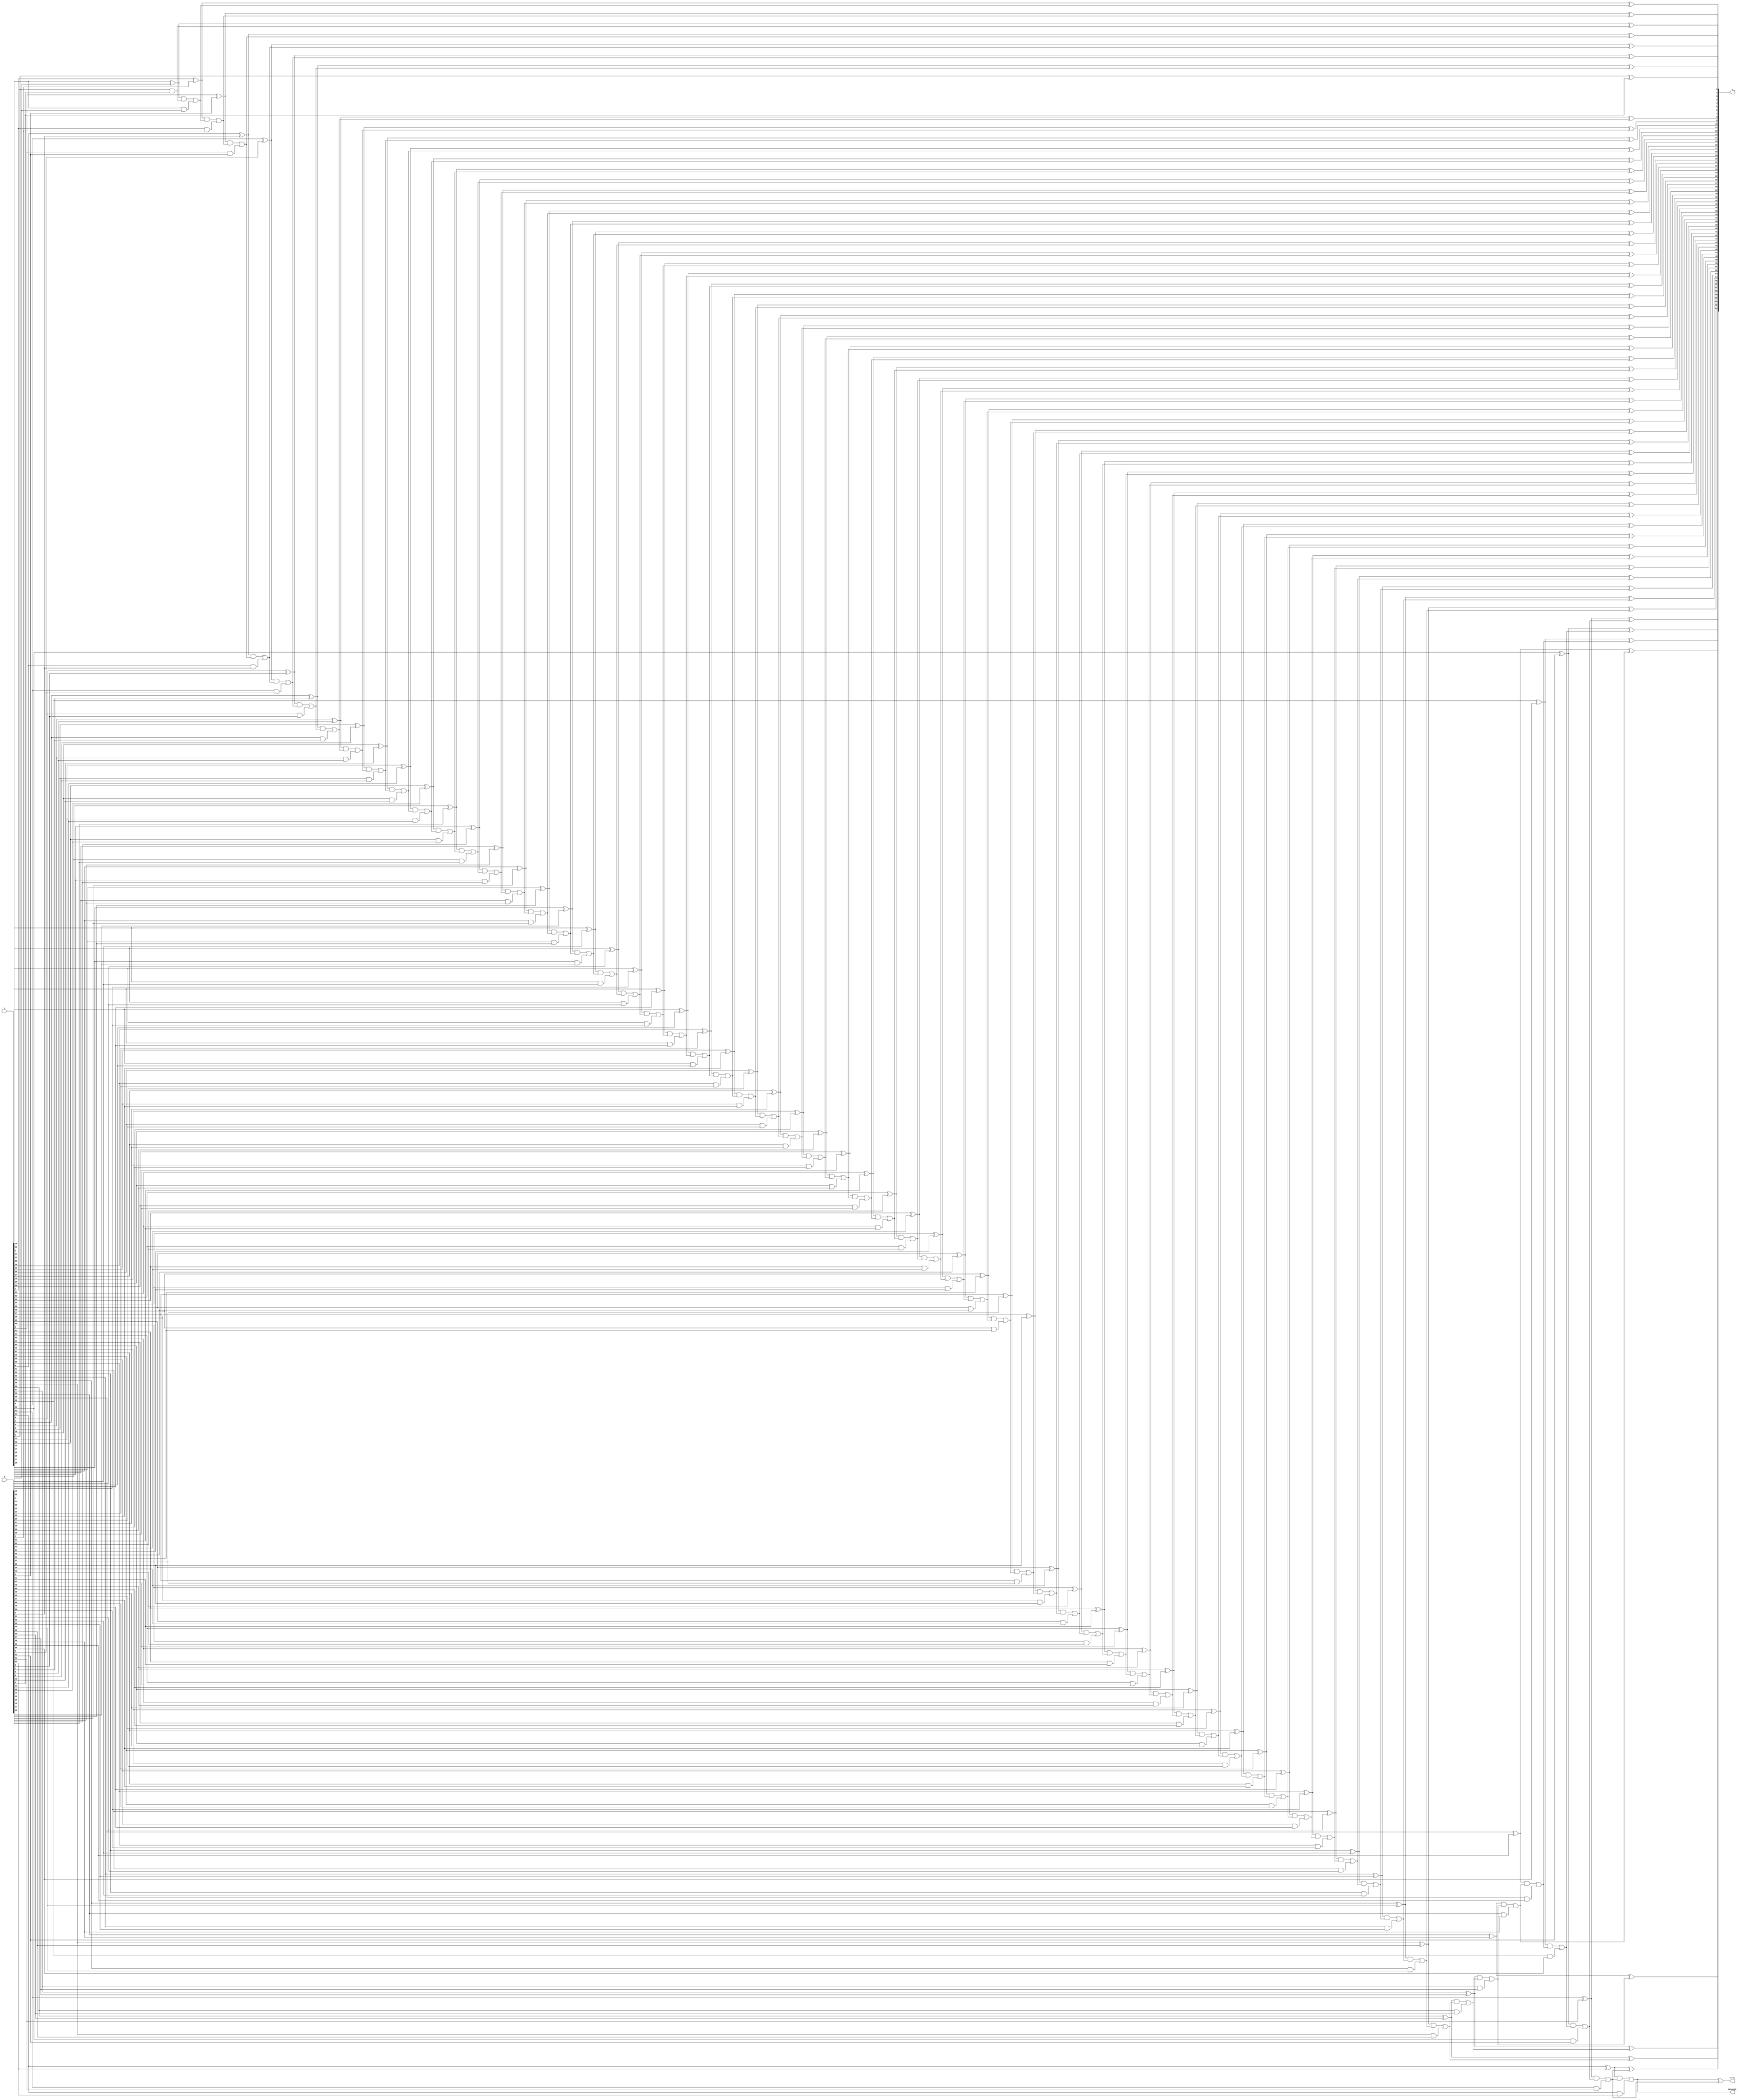
module ADD64(y,error,carryout, a, b);
parameter size = 64;
input signed [size-1:0] a,b;
output signed [size-1:0] y;
output error,carryout;
wire [size:0] carry;
genvar i;
assign carry[0] = 1'b0;
for (i=0;i<size;i=i+1) 
begin
wire [size-1:0] temp1,temp2,temp3;

xor g1 (temp1[i], a[i], b[i]);
xor g2 (y[i], temp1[i], carry[i]);
and g3 (temp2[i], temp1[i], carry[i]);
and g4 (temp3[i], a[i], b[i]);
or  g5 (carry[i+1], temp2[i], temp3[i]);
end
xor(carryout, carry[0], carry[size]);
xor g6 (error,carry[size],carry[size-1]);

endmodule